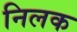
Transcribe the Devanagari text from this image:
निलक